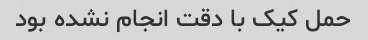
حمل کیک با دقت انجام نشده بود